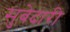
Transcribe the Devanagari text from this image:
सुबेदारी